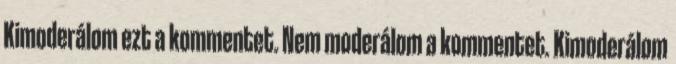
Kimoderálom ezt a kommentet. Nem moderálom a kommentet. Kimoderálom